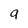
Character: g